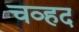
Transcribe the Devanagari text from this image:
चव्हद